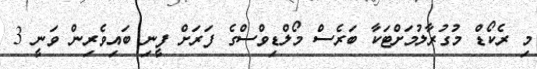
މި ރެކޯޑް މުގުރާލުމަށްޓަކާ ބަރެސް މޯލްޑިވްސްގެ ފަރަށް ފީނި ބައިވެރިން ވަނީ 3